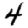
Digit: 4